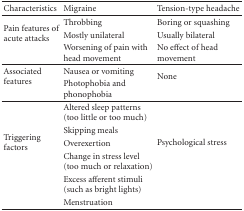
<table><thead><tr><td><b>Characteristics</b></td><td><b>Migraine</b></td><td><b>Tension-type headache</b></td></tr></thead><tbody><tr><td rowspan="3">Pain features of acute attacks</td><td>Throbbing</td><td>Boring or squashing</td></tr><tr><td>Mostly unilateral</td><td>Usually bilateral</td></tr><tr><td>Worsening of pain with head movement</td><td>No effect of head movement </td></tr><tr><td rowspan="2">Associated features</td><td>Nausea or vomiting</td><td rowspan="2">None </td></tr><tr><td>Photophobia and phonophobia</td></tr><tr><td rowspan="6">Triggering factors</td><td>Altered sleep patterns (too little or too much)</td><td rowspan="6">Psychological stress</td></tr><tr><td>Skipping meals</td></tr><tr><td>Overexertion</td></tr><tr><td>Change in stress level (too much or relaxation)</td></tr><tr><td>Excess afferent stimuli (such as bright lights)</td></tr><tr><td>Menstruation</td></tr></tbody></table>